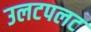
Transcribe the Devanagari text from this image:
उलटपलट